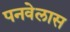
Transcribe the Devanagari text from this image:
पनवेलास